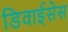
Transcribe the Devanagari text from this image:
डिवाईसेस